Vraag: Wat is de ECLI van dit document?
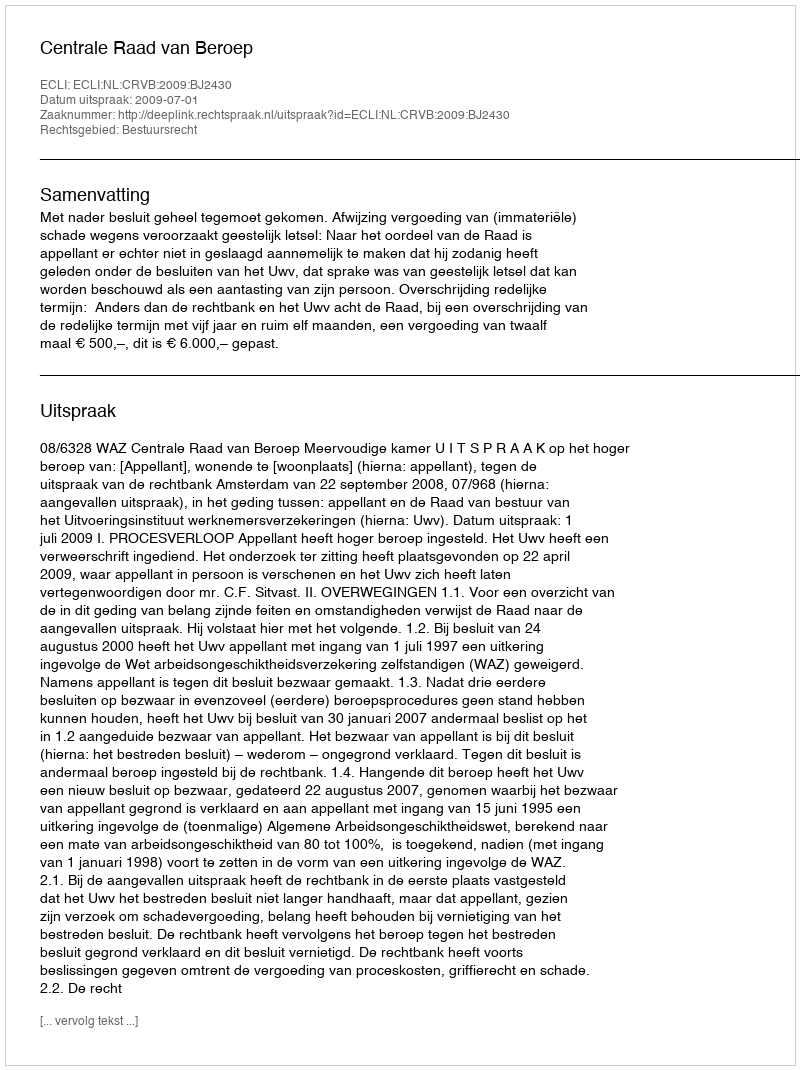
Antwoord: ECLI:NL:CRVB:2009:BJ2430